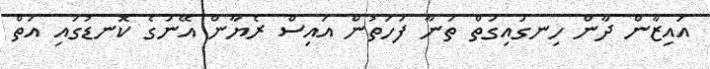
އައިޒާން ދާން ހިނގައިގަތް ތަނާ ފަހަތުން އައިސް ރެޔާން އޭނަގެ ކޮނޑުގައި އަތް